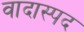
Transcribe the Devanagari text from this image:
वादास्पद